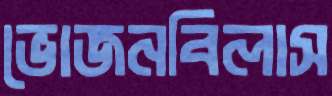
ভোজনবিলাস